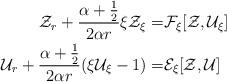
LaTeX: \begin{align*} \begin{aligned} \mathcal{Z}_r + \frac{ \alpha + \frac{1}{2} }{2 \alpha r} \xi \mathcal{Z}_\xi =& \mathcal{F}_\xi [ \mathcal{Z}, \mathcal{U}_\xi ] \\ \mathcal{U}_r + \frac{ \alpha + \frac{1}{2} }{2 \alpha r} ( \xi \mathcal{U}_\xi - 1 ) =& \mathcal{E}_\xi [ \mathcal{Z}, \mathcal{U} ]\end{aligned} \end{align*}